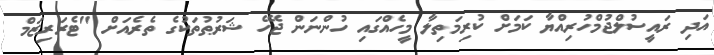
އަދި ރައީސުލްޖުމްހުރިއްޔާ ކަމަށް ކުރިމަތިލާ މީހެއްގައި ހުންނަން ޖެހޭ ޝަރުޠުތަކުގެ ތެރެއަށް "ޓެރަރިޒަމް